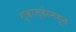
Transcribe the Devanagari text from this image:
ग्वाल्हेरमधून